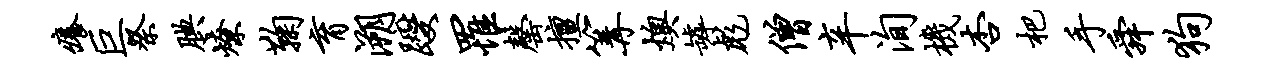
痒巨祭腆燎鞠育溯躞罹罄擅篝燠罅彪僧辛洵机杏杷手舜狗